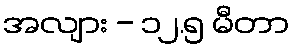
အလျား - ၁၂.၅ မီတာ